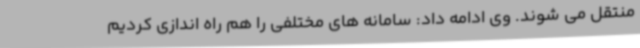
منتقل می شوند. وی ادامه داد: سامانه های مختلفی را هم راه اندازی کردیم